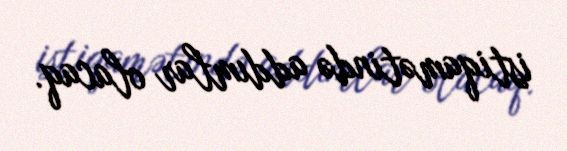
istiqamətində addımlar olacaq.